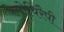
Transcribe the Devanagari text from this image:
केमोथिरैपी